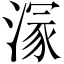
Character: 溕